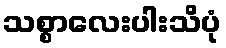
သစ္စာလေးပါးသိပုံ